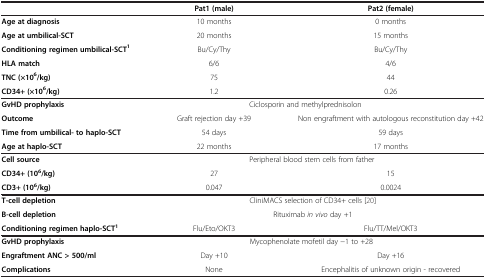
<table><thead><tr><td><b> </b></td><td><b>Pat1 (male)</b></td><td><b>Pat2 (female)</b></td></tr></thead><tbody><tr><td><b>Age at diagnosis</b></td><td>10 months</td><td>0 months</td></tr><tr><td><b>Age at umbilical-SCT</b></td><td>20 months</td><td>15 months</td></tr><tr><td><b>Conditioning regimen umbilical-SCT</b><sup><b>1</b></sup></td><td>Bu/Cy/Thy</td><td>Bu/Cy/Thy</td></tr><tr><td><b>HLA match</b></td><td>6/6</td><td>4/6</td></tr><tr><td><b>TNC (×10</b><sup><b>6</b></sup><b>/kg)</b></td><td>75</td><td>44</td></tr><tr><td><b>CD34+ (×10</b><sup><b>6</b></sup><b>/kg)</b></td><td>1.2</td><td>0.26</td></tr><tr><td><b>GvHD prophylaxis</b></td><td colspan="2">Ciclosporin and methylprednisolon</td></tr><tr><td><b>Outcome</b></td><td>Graft rejection day +39</td><td>Non engraftment with autologous reconstitution day +42</td></tr><tr><td><b>Time from umbilical- to haplo-SCT</b></td><td>54 days</td><td>59 days</td></tr><tr><td><b>Age at haplo-SCT</b></td><td>22 months</td><td>17 months</td></tr><tr><td><b>Cell source</b></td><td colspan="2">Peripheral blood stem cells from father</td></tr><tr><td><b>CD34+ (10</b><sup><b>6</b></sup><b>/kg)</b></td><td>27</td><td>15</td></tr><tr><td><b>CD3+ (10</b><sup><b>6</b></sup><b>/kg)</b></td><td>0.047</td><td>0.0024</td></tr><tr><td><b>T-cell depletion</b></td><td colspan="2">CliniMACS selection of CD34+ cells [20]</td></tr><tr><td><b>B-cell depletion</b></td><td colspan="2">Rituximab <i>in vivo</i> day +1</td></tr><tr><td><b>Conditioning regimen haplo-SCT</b><sup><b>1</b></sup></td><td>Flu/Eto/OKT3</td><td>Flu/TT/Mel/OKT3</td></tr><tr><td><b>GvHD prophylaxis</b></td><td colspan="2">Mycophenolate mofetil day -1 to +28</td></tr><tr><td><b>Engraftment ANC &gt; 500/ml</b></td><td>Day +10</td><td>Day +16</td></tr><tr><td><b>Complications</b></td><td>None</td><td>Encephalitis of unknown origin - recovered</td></tr></tbody></table>